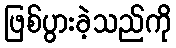
ဖြစ်ပွားခဲ့သည်ကို